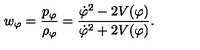
w _ { \varphi } = \frac { p _ { \varphi } } { { \rho } _ { \varphi } } = \frac { { \dot { \varphi } } ^ { 2 } - 2 V ( \varphi ) } { { \dot { \varphi } } ^ { 2 } + 2 V ( \varphi ) } .